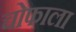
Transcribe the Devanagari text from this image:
चोफाला